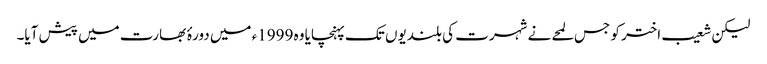
لیکن شعیب اختر کو جس لمحے نے شہرت کی بلندیوں تک پہنچایا وہ 1999ء میں دورۂ بھارت میں پیش آیا۔